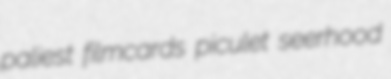
paliest filmcards piculet seerhood